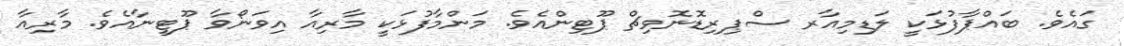
ގައެވެ. ބައްޕާފުޅަކީ ލަޑިމިއާރ ސްޕިރިޑޮނޮވިޗް ޕޫޓިންއެވެ. މަންމާފުޅަކީ މާރިއާ އިވަނޯވާ ޕޫޓީނާއެވެ. މާރިއާ